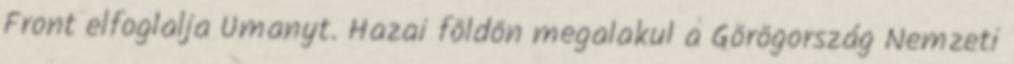
Front elfoglalja Umanyt. Hazai földön megalakul a Görögország Nemzeti